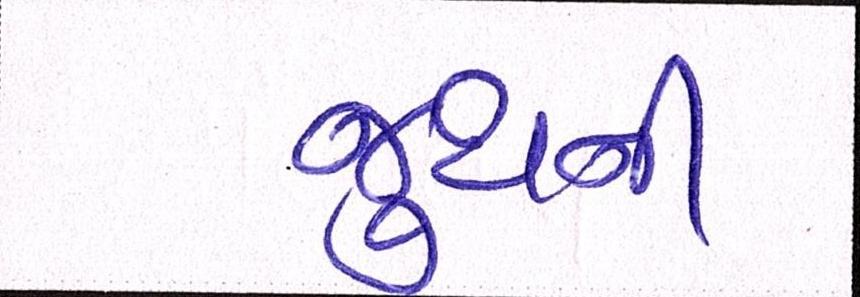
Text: જુથની